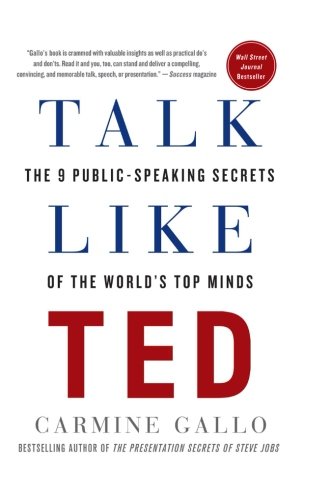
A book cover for Talk Like TED: The 9 Public-Speaking Secrets of the World's Top Minds; Carmine Gallo; Business & Money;